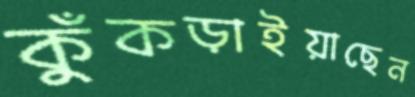
কুঁকড়াইয়াছেন